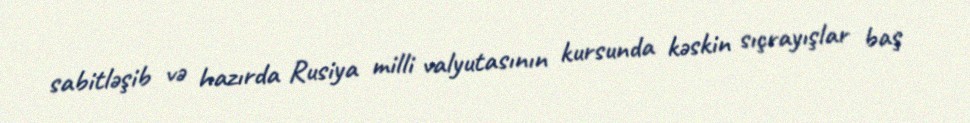
sabitləşib və hazırda Rusiya milli valyutasının kursunda kəskin sıçrayışlar baş